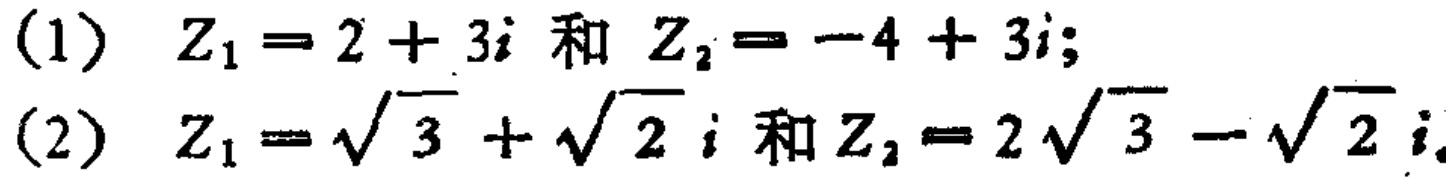
(1) \(Z_{1}=2 + 3i\) 和 \(Z_{2}=-4 + 3i\);
(2) \(Z_{1}=\sqrt{3}+\sqrt{2}i\) 和 \(Z_{2}=2\sqrt{3}-\sqrt{2}i\)